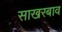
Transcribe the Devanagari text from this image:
साखरबाव